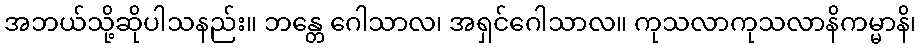
အဘယ်သို့ဆိုပါသနည်း။ ဘန္တေ ဂေါသာလ၊ အရှင်ဂေါသာလ။ ကုသလာကုသလာနိကမ္မာနိ၊